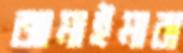
জামাইমারা